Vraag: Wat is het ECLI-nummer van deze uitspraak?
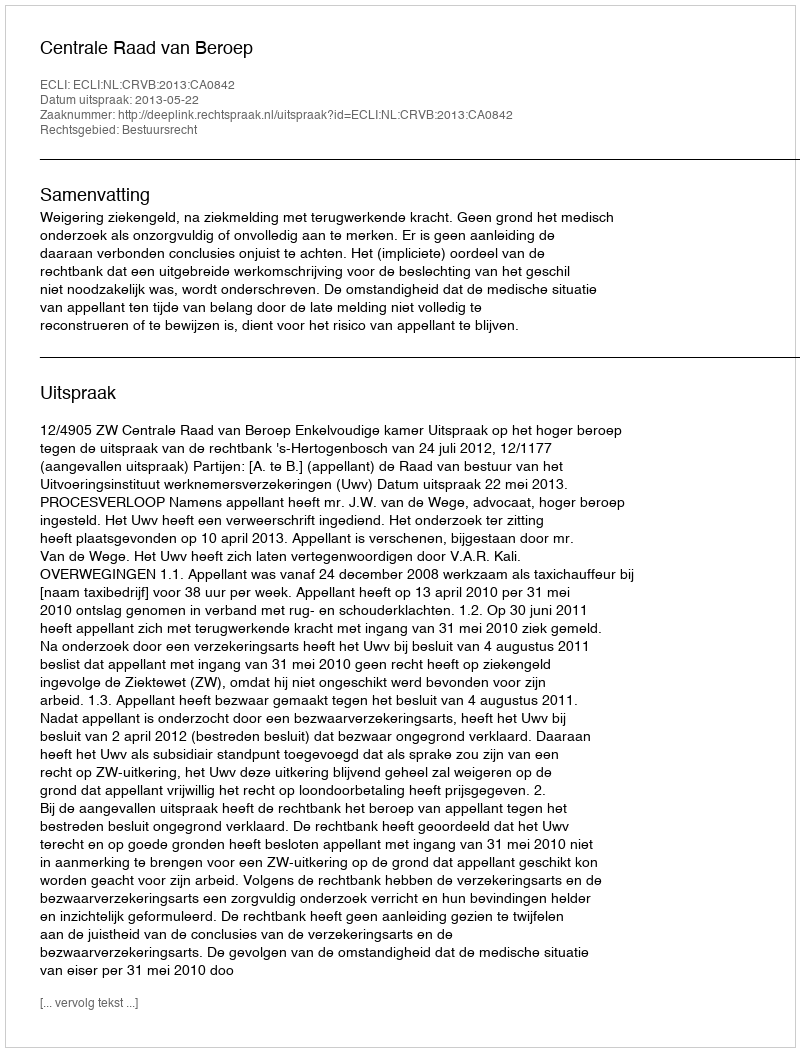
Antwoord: ECLI:NL:CRVB:2013:CA0842